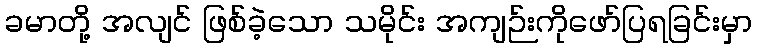
ခမာတို့ အလျင် ဖြစ်ခဲ့သော သမိုင်း အကျဉ်းကိုဖော်ပြရခြင်းမှာ